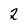
Character: 2